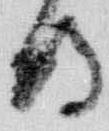
侍